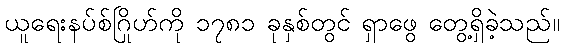
ယူရေးနပ်စ်ဂြိုဟ်ကို ၁၇၈၁ ခုနှစ်တွင် ရှာဖွေ တွေ့ရှိခဲ့သည်။